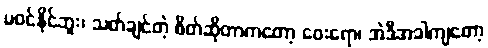
မဝင်နိုင်ဘူး၊ သတ်ချင်တဲ့ စိတ်ဆိုတာကတော့ ဝေးရော၊ အဲဒီအခါကျတော့